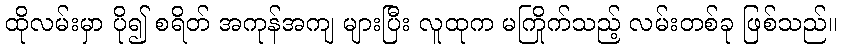
ထိုလမ်းမှာ ပို၍ စရိတ် အကုန်အကျ များပြီး လူထုက မကြိုက်သည့် လမ်းတစ်ခု ဖြစ်သည်။